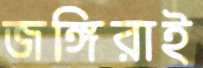
জঙ্গিরাই